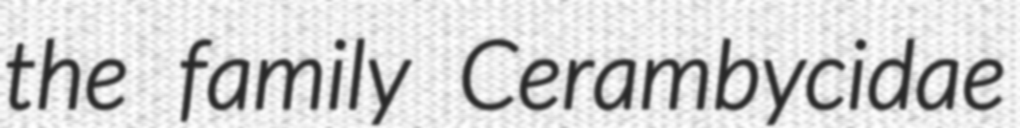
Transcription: the family Cerambycidae